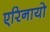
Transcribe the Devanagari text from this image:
एरिनायो